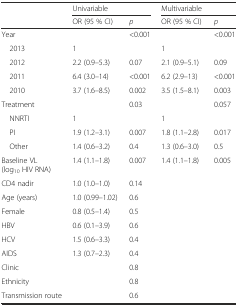
<table><thead><tr><td rowspan="2"></td><td colspan="2"><b>Univariable</b></td><td colspan="2"><b>Multivariable</b></td></tr><tr><td><b>OR (95 % CI)</b></td><td><b><i>p</i></b></td><td><b>OR (95 % CI)</b></td><td><b><i>p</i></b></td></tr></thead><tbody><tr><td>Year</td><td></td><td>&lt;0.001</td><td></td><td>&lt;0.001</td></tr><tr><td> 2013</td><td>1</td><td></td><td>1</td><td></td></tr><tr><td> 2012</td><td>2.2 (0.9–5.3)</td><td>0.07</td><td>2.1 (0.9–5.1)</td><td>0.09</td></tr><tr><td> 2011</td><td>6.4 (3.0–14)</td><td>&lt;0.001</td><td>6.2 (2.9–13)</td><td>&lt;0.001</td></tr><tr><td> 2010</td><td>3.7 (1.6–8.5)</td><td>0.002</td><td>3.5 (1.5–8.1)</td><td>0.003</td></tr><tr><td>Treatment</td><td></td><td>0.03</td><td></td><td>0.057</td></tr><tr><td> NNRTI</td><td>1</td><td></td><td>1</td><td></td></tr><tr><td> PI</td><td>1.9 (1.2–3.1)</td><td>0.007</td><td>1.8 (1.1–2.8)</td><td>0.017</td></tr><tr><td> Other</td><td>1.4 (0.6–3.2)</td><td>0.4</td><td>1.3 (0.6–3.0)</td><td>0.5</td></tr><tr><td>Baseline VL (log<sub>10</sub> HIV RNA)</td><td>1.4 (1.1–1.8)</td><td>0.007</td><td>1.4 (1.1–1.8)</td><td>0.005</td></tr><tr><td>CD4 nadir</td><td>1.0 (1.0–1.0)</td><td>0.14</td><td></td><td></td></tr><tr><td>Age (years)</td><td>1.0 (0.99–1.02)</td><td>0.6</td><td></td><td></td></tr><tr><td>Female</td><td>0.8 (0.5–1.4)</td><td>0.5</td><td></td><td></td></tr><tr><td>HBV</td><td>0.6 (0.1–3.9)</td><td>0.6</td><td></td><td></td></tr><tr><td>HCV</td><td>1.5 (0.6–3.3)</td><td>0.4</td><td></td><td></td></tr><tr><td>AIDS</td><td>1.3 (0.7–2.3)</td><td>0.4</td><td></td><td></td></tr><tr><td>Clinic</td><td></td><td>0.8</td><td></td><td></td></tr><tr><td>Ethnicity</td><td></td><td>0.8</td><td></td><td></td></tr><tr><td>Transmission route</td><td></td><td>0.6</td><td></td><td></td></tr></tbody></table>